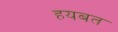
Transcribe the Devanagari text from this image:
हयबत